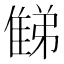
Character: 𨿘